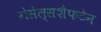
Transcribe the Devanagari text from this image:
गेसेल्सशैफटेन